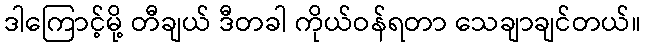
ဒါကြောင့်မို့ တီချယ် ဒီတခါ ကိုယ်ဝန်ရတာ သေချာချင်တယ်။